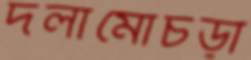
দলামোচড়া